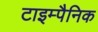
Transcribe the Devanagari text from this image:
टाइम्पैनिक